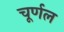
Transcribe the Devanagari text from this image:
चूर्णल